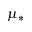
\mu _ { * }